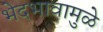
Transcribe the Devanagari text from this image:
भेदभावामुळे